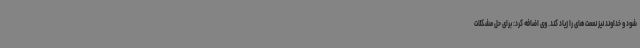
شود و خداوند نیز نعمت‌های را زیاد کند. وی اضافه کرد: برای حل مشکلات